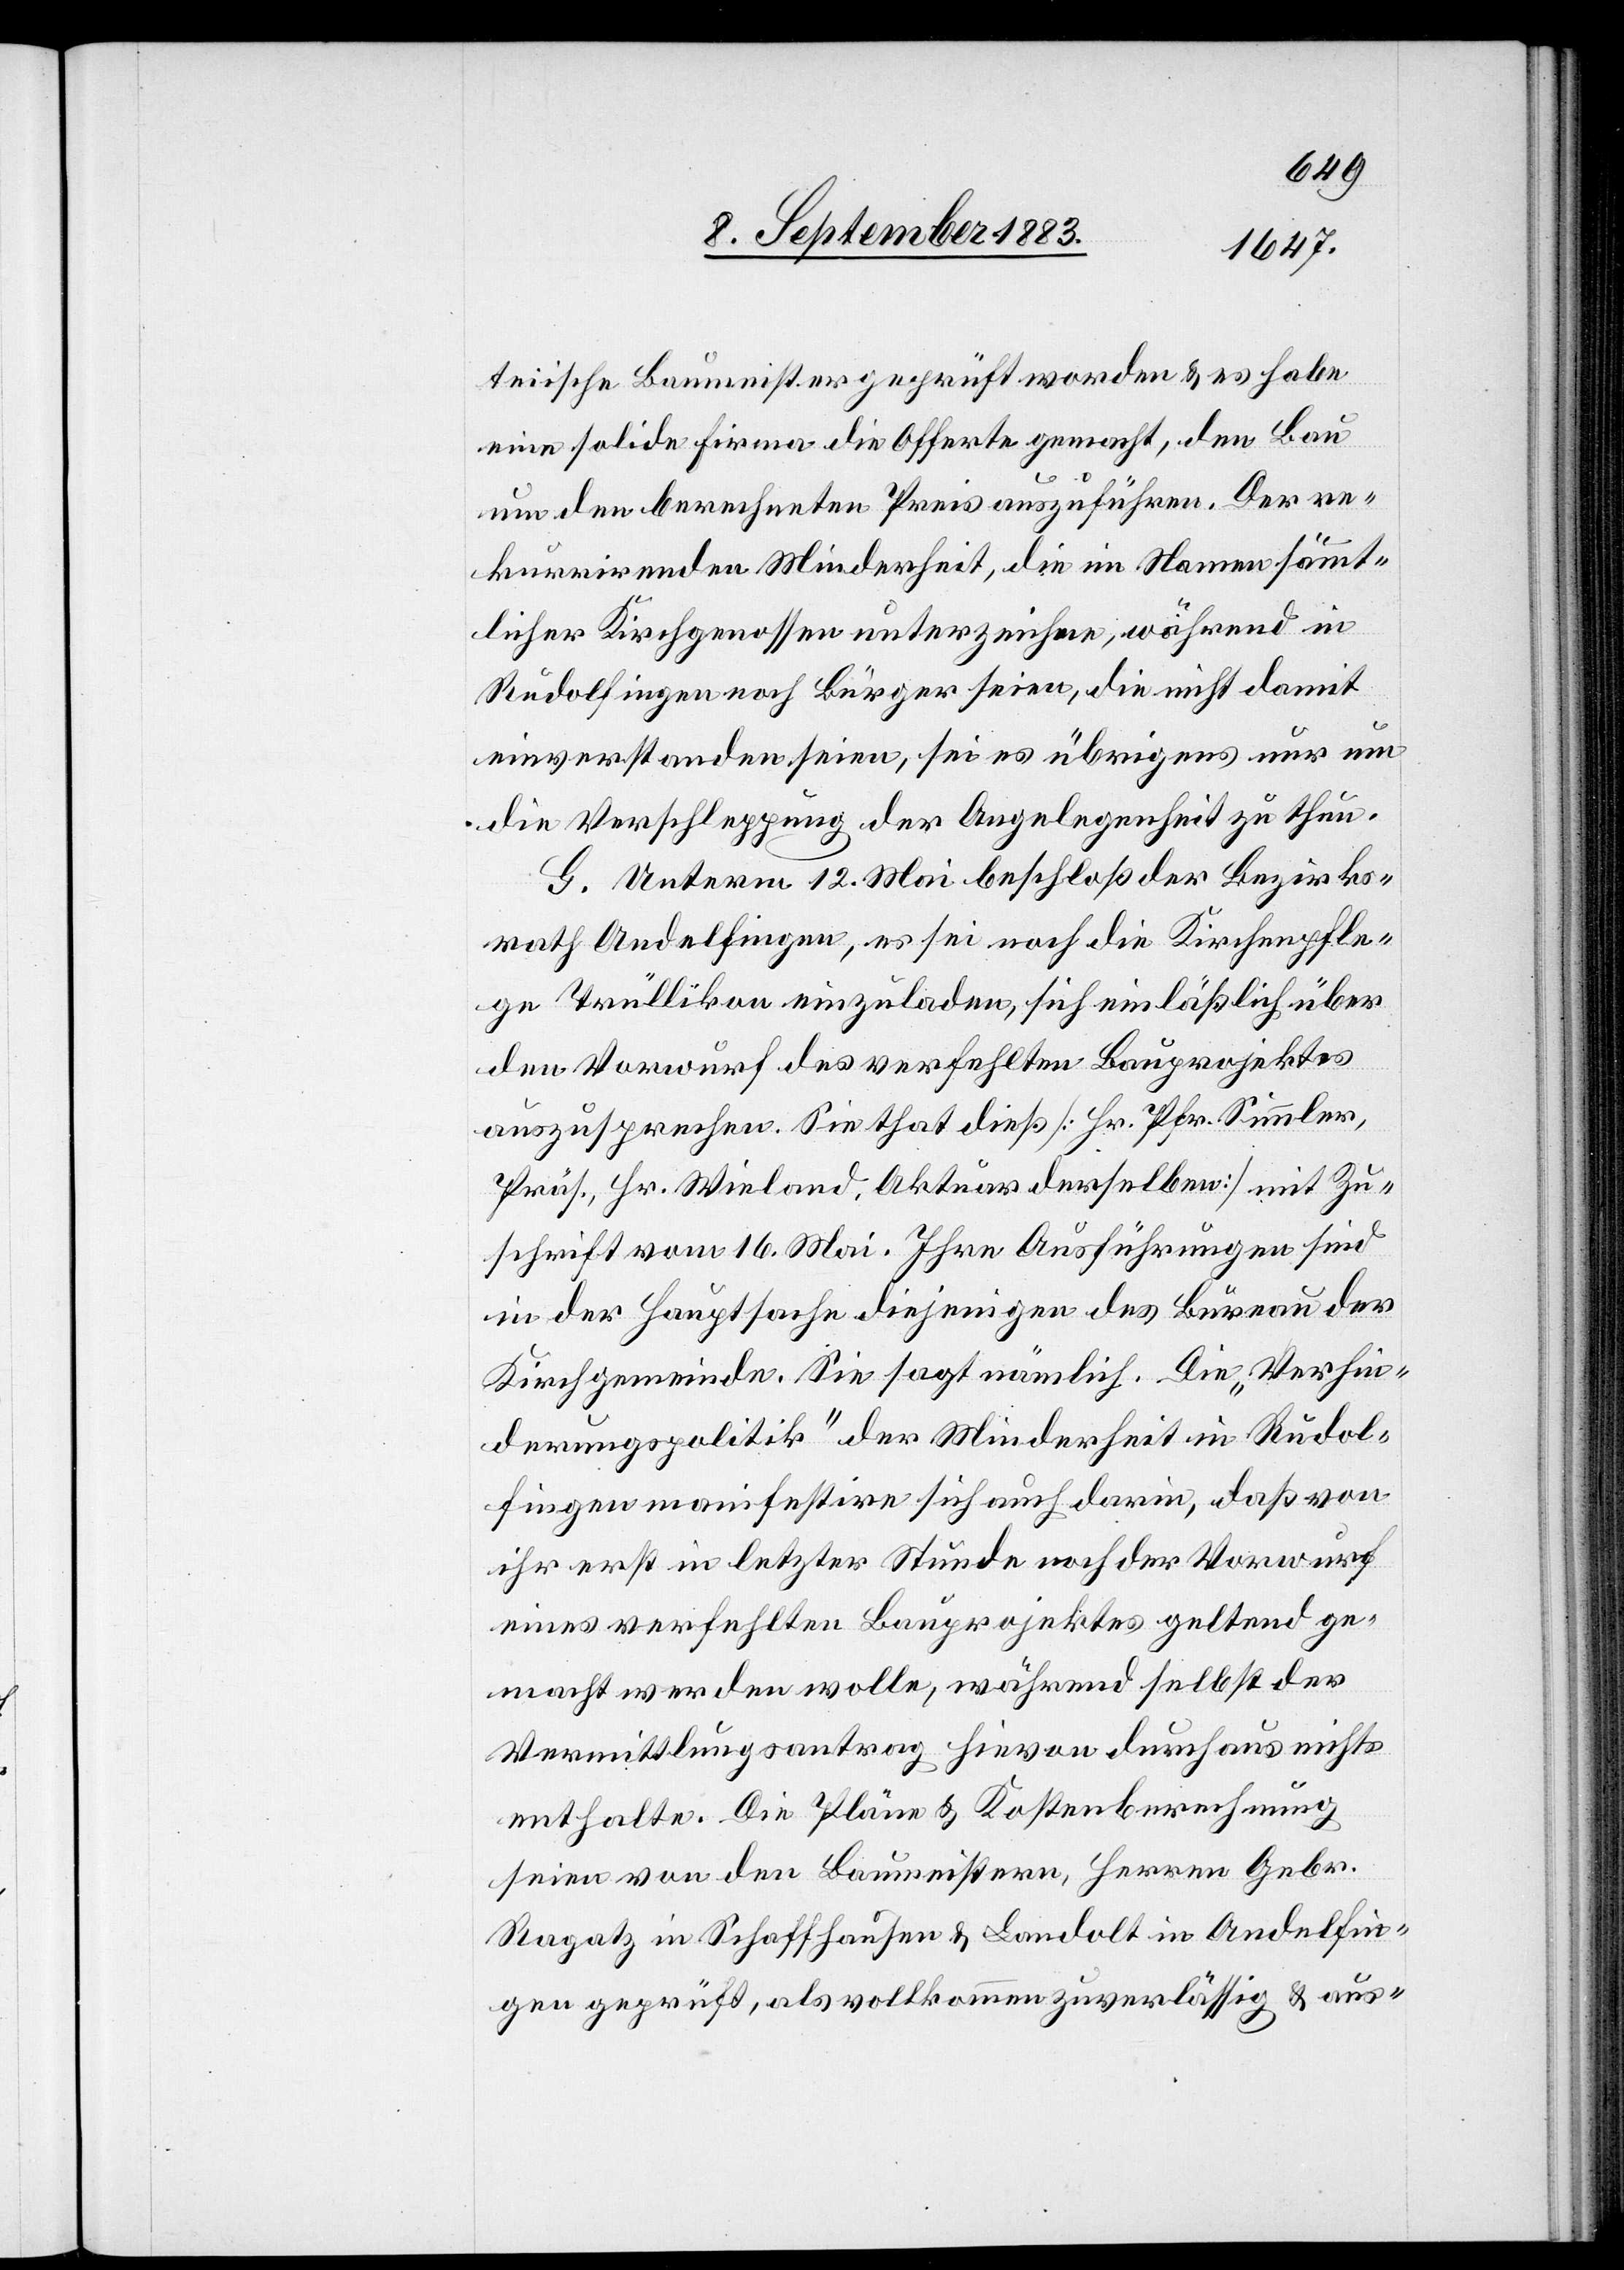
teiische Baumeister geprüft worden & es habe
eine solide Firma die Offerte gemacht, den Bau
um den berechneten Preis auszuführen. Der re¬
kurrirenden Minderheit, die im Namen sämmt¬
licher Kirchgenossen unterzeichne, während in
Rudolfingen noch Bürger seien, die nicht damit
einverstanden seien, sei übrigens nur um
die Verschleppung der Angelegenheit zu thun.
G. Unterm 12. Mai beschloß der Bezirks¬
rath Andelfingen, es sei noch die Kirchenpfle¬
ge Trüllikon einzuladen, sich einläßlich über
den Vorwurf des verfehlten Bauprojektes
auszusprechen. Sie that dieß [Hr. Pfr. Simmler,
Präs., Hr. Wieland, Aktuar derselben] mit Zu¬
schrift vom 16. Mai. Ihre Ausführungen sind
in der Hauptsache diejenigen des Bureau der
Kirchgemeinde. Sie sagt nämlich. [sic!] Die „Verhin¬
derungspolitik“ der Minderheit in Rudol¬
fingen manifestire sich auch darin, daß von
ihr erst in letzter Stunde noch der Vorwurf
eines verfehlten Bauprojektes geltend ge¬
macht werden wolle, während selbst der
Vemittlungsantrag hievon durchaus nichts
enthalte. Die Pläne & Kostenberechnung
seien von den Baumeistern, Herren Gebr.
Ragatz in Schaffhausen & Landolt in Andelfin¬
gen geprüft, als vollkommen zuverlässig & aus-